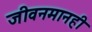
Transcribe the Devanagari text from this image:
जीवनमानही